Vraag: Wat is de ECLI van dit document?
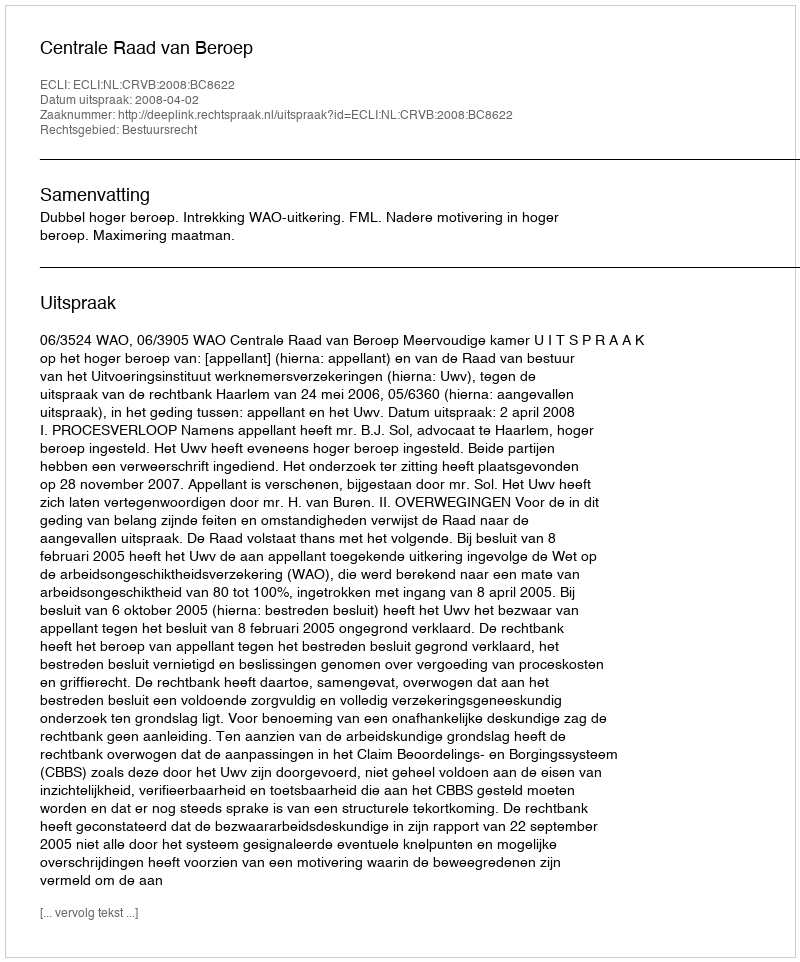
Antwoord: ECLI:NL:CRVB:2008:BC8622